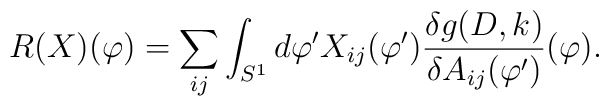
R(X)(\varphi)=\sum_{ij}\int_{S^1}d\varphi'X_{ij}(\varphi')\frac{\delta g(D,k)}{\delta A_{ij}(\varphi')}(\varphi).